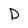
Character: D